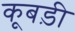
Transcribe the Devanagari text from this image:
कूबड़ी